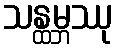
သန္ထမ္ဘဿု